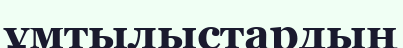
ұмтылыстардың